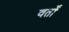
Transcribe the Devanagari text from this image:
वर्तों